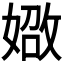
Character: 𪦐